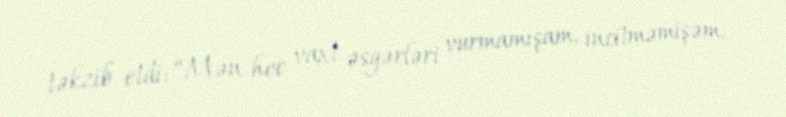
təkzib etdi: “Mən hec vaxt əsgərləri vurmamışam, incitməmişəm.